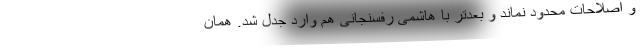
و اصلاحات محدود نماند و بعد‌تر با هاشمی رفسنجانی هم وارد جدل شد. همان